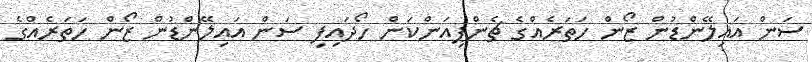
ސަން އައިލޭންޑުން ޒޯން ހަތަރެއްގެ ޗެންޕިއަންކަން ހޯދައިފި ސަން އައިލޭންޑުން ޒޯން ހަތަރެއްގެ